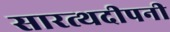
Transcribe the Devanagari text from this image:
सारत्थदीपनी